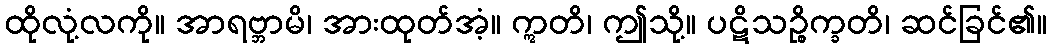
ထိုလုံ့လကို။ အာရဗ္ဘာမိ၊ အားထုတ်အံ့။ ဣတိ၊ ဤသို့။ ပဋိသဉ္စိက္ခတိ၊ ဆင်ခြင်၏။